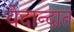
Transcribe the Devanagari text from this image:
वेदान्दात